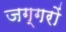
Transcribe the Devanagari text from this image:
जग्गरों